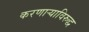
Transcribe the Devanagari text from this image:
करणार्‍याविरुद्ध